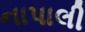
નાપાલી